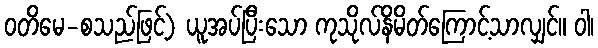
ဝတိမေ-စသည်ဖြင့်) ယူအပ်ပြီးသော ကုသိုလ်နိမိတ်ကြောင့်သာလျှင်။ ဝါ၊